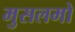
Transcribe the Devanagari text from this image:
मुसलमो